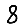
Digit: 8